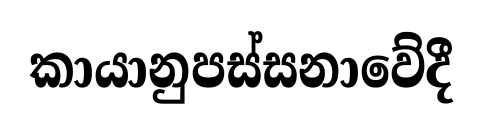
කායානුපස්සනාවේදී